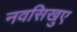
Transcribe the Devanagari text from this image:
नवसिखुए